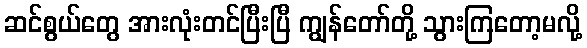
ဆင်စွယ်တွေ အားလုံးတင်ပြီးပြီ ကျွန်တော်တို့ သွားကြတော့မလို့